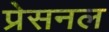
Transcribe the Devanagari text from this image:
प्रेसनल